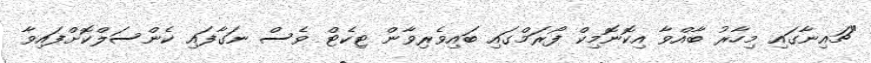
"ޗައިނާގައި މިހާރު ބާއްވާ އިކޮނޮމިކް ފޯރަމްގައި ބައިވެރިވާން ޓިކެޓް ވެސް ނަގާފައި ކެންސަލްކޮށްފައިވާ